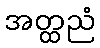
အတ္ထညံ